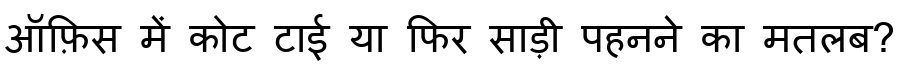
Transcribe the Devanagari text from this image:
ऑफ़िस में कोट टाई या फिर साड़ी पहनने का मतलब?